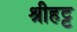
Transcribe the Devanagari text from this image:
श्रीहट्ट